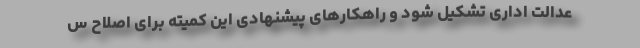
عدالت اداری تشکیل شود و راهکارهای پیشنهادی این کمیته برای اصلاح س